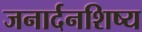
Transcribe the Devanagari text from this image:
जनार्दनशिष्य